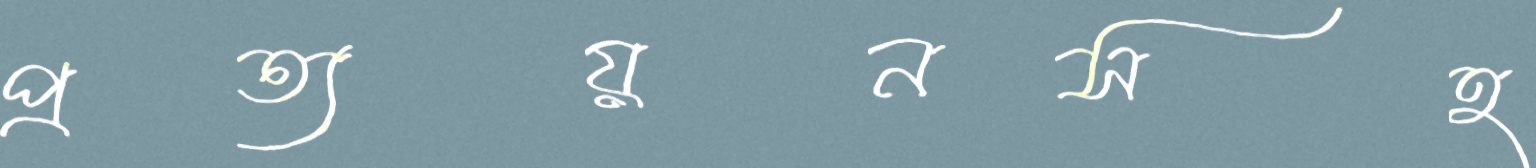
প্রত্যয়নসহ